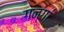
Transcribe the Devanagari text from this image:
गन्गा॑